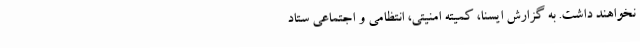
نخواهند داشت. به گزارش ایسنا، کمیته امنیتی، انتظامی و اجتماعی ستاد